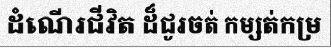
ដំណើរជីវិត ដ៏ជូរចត់ កម្សត់កម្រ